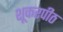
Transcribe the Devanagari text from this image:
शूकरपीठ